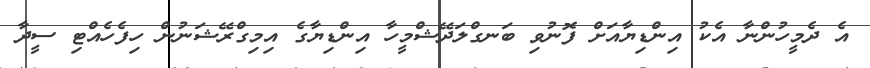
އެ ދެމީހުންނާ އެކު އިންޑިޔާއަށް ފޮނުވި ބަނގްލަދޭޝްމީހާ އިންޑިޔާގެ އިމިގްރޭޝަނުން ހިފެހެއްޓި ސީދާ